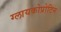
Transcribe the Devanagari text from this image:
ग्लायकोप्रोटिन